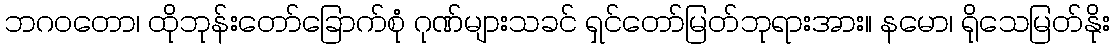
ဘဂဝတော၊ ထိုဘုန်းတော်ခြောက်စုံ ဂုဏ်များသခင် ရှင်တော်မြတ်ဘုရားအား။ နမော၊ ရိုသေမြတ်နိုး